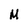
Character: M